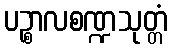
ပဉ္စာလစဏ္ဍသုတ္တံ